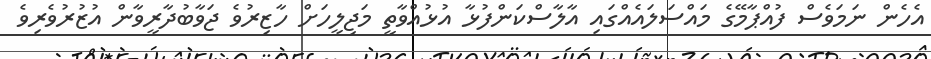
އެހެން ނަމަވެސް ފުއްޕާމޭގެ މައްސަލައެއްގައި އާލާސްކަންފުޅާ އުޅުއްވާތީ މަޖިލީހަށް ހާޒިރުވެ ޖަވާބުދާރީވާން އުޒުރުވެރިވެ